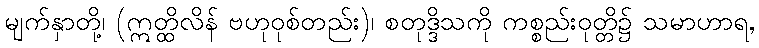
မျက်နှာတို့၊ (ဣတ္ထိလိန် ဗဟုဝုစ်တည်း)၊ စတုဒ္ဒိသကို ကစ္စည်းဝုတ္တိ၌ သမာဟာရ,